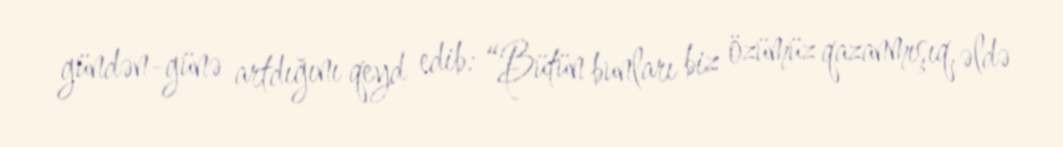
gündən-günə artdığını qeyd edib: “Bütün bunları biz özümüz qazanmışıq, əldə